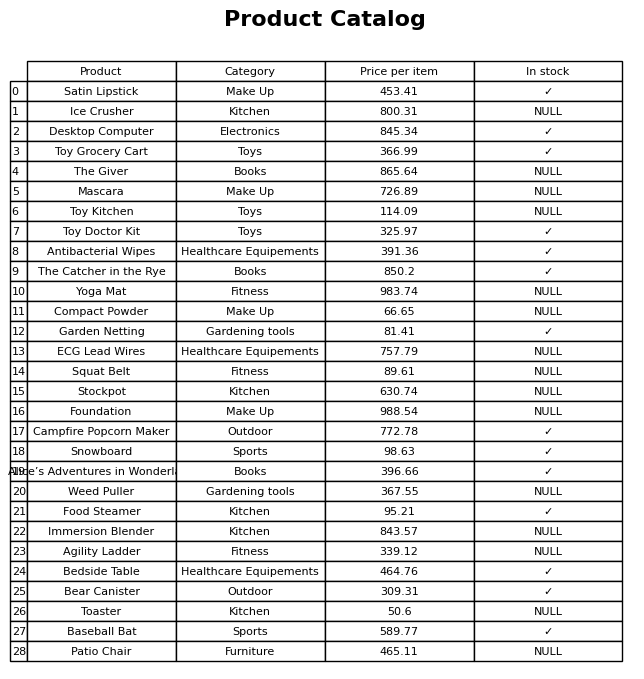
question: Is the Alice’s Adventures in Wonderland in stock?
answer: ✓